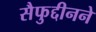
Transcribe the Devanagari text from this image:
सैफुद्दीनने